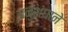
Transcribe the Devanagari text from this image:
अनुशंघाने